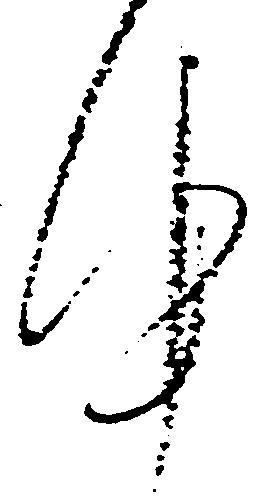
件